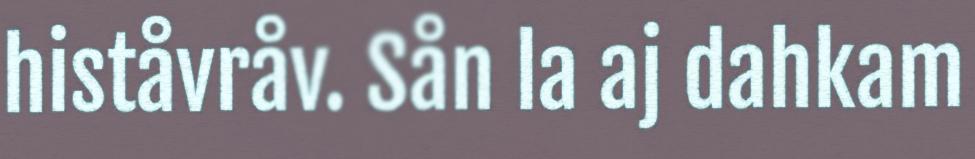
histåvråv. Sån la aj dahkam